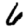
Digit: 6